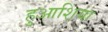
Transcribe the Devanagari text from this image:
हुआश़िया